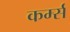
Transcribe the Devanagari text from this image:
कर्म्स